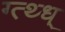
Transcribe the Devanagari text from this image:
ग्त्थ्ध्